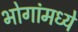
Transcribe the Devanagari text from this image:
भोगांमध्ये